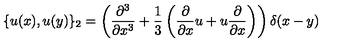
\{ u ( x ) , u ( y ) \} _ { 2 } = \left( { \frac { \partial ^ { 3 } } { \partial x ^ { 3 } } } + { \frac { 1 } { 3 } } \left( { \frac { \partial } { \partial x } } u + u { \frac { \partial } { \partial x } } \right) \right) \delta ( x - y )